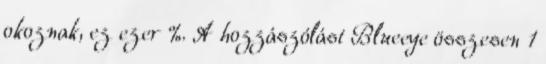
okoznak, ez ezer %. A hozzászólást Blueeye összesen 1